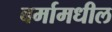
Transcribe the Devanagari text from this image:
बर्मामधील